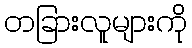
တခြားလူများကို